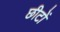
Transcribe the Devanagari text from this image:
छीटों